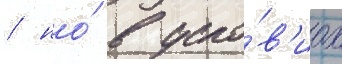
/ но́ в усло́в'иах